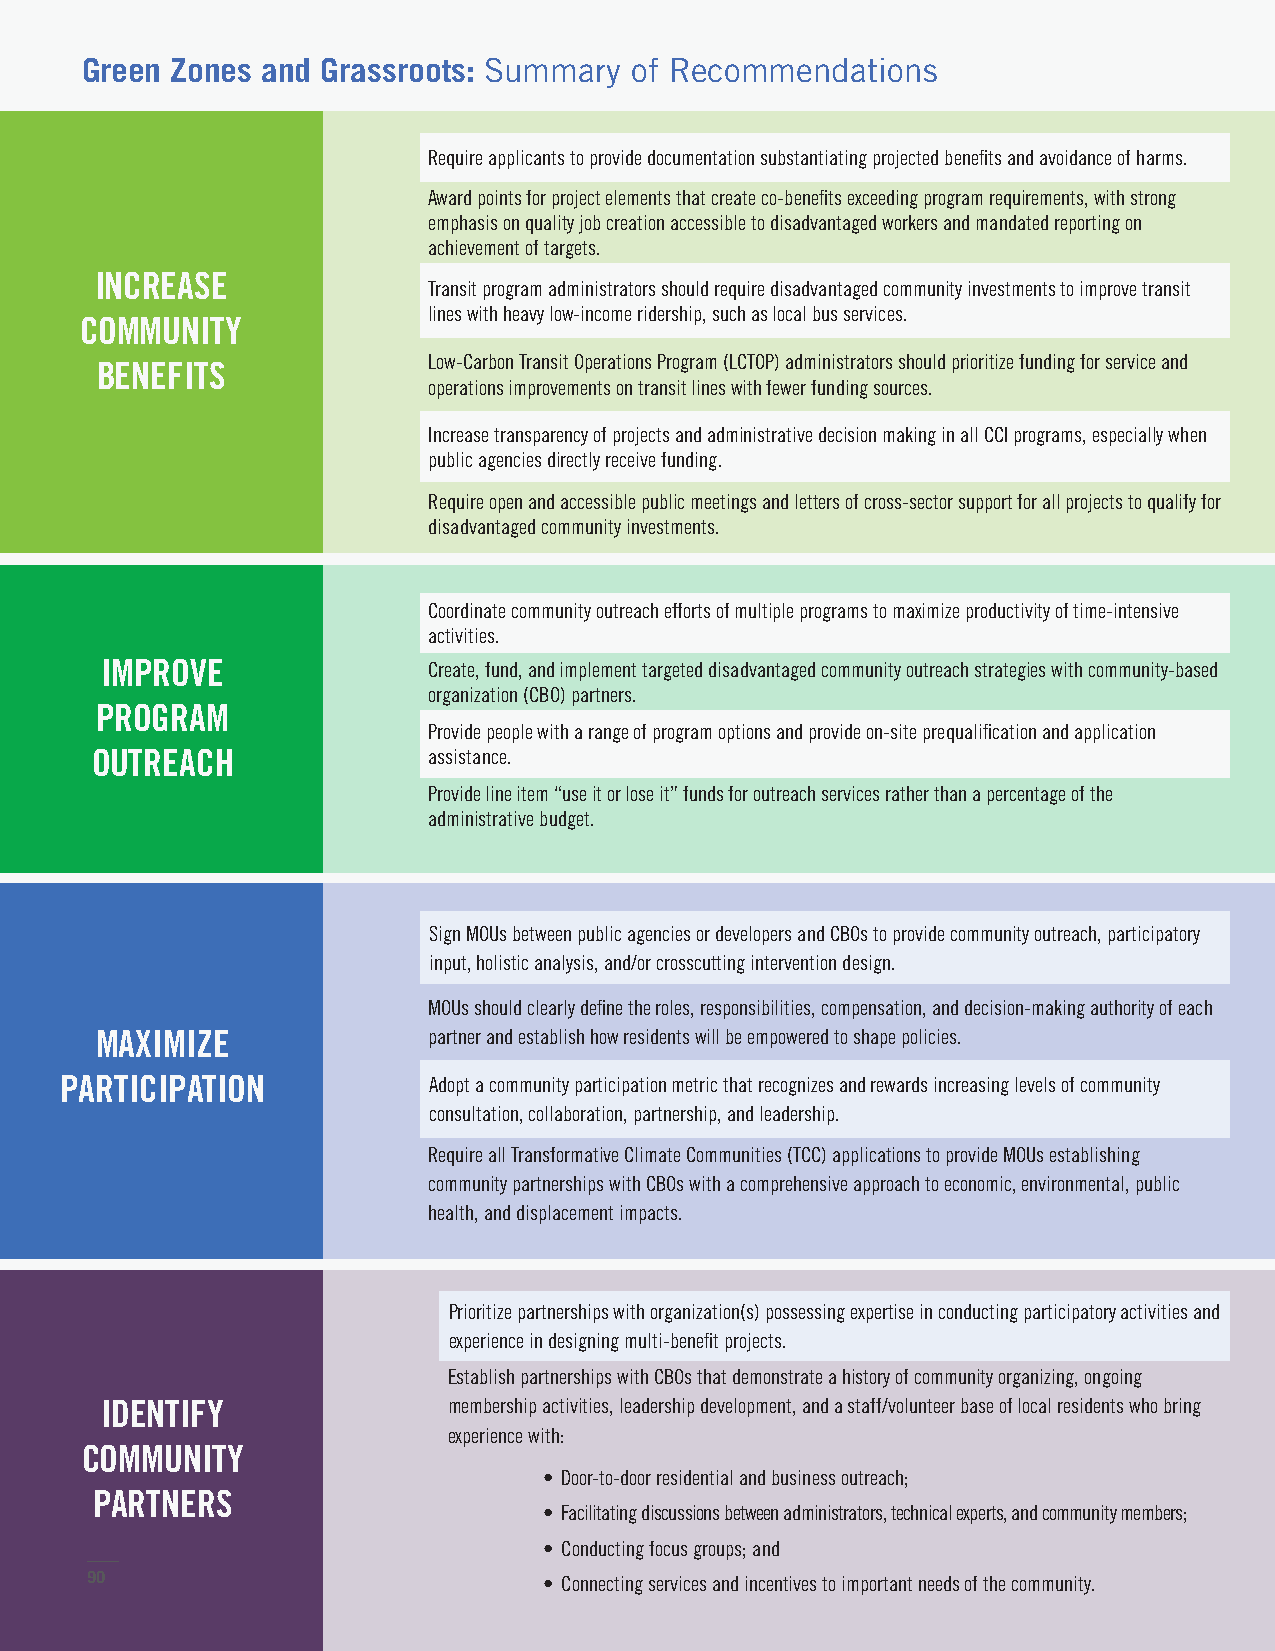
Green Zones and Grassroots: Summary  of Recommendations
 Require applicants to provide documentation substantiating projected benefits and avoidance of harms.
 Award points for project elements that create co-benefits exceeding program requirements, with strong
 emphasis on quality job creation accessible to disadvantaged workers and mandated reporting on
 achievement of targets.
 INCREASE
 Transit program administrators should require disadvantaged community investments to improve transit
 lines with heavy low-income ridership, such as local bus services.
 COMMUNITY
 Low-Carbon Transit Operations Program (LCTOP) administrators should prioritize funding for service and
 BENEFITS
 operations improvements on transit lines with fewer funding sources.
 Increase transparency of projects and administrative decision making in all CCI programs, especially when
 public agencies directly receive funding.
 Require open and accessible public meetings and letters of cross-sector support for all projects to qualify for
 disadvantaged community investments.
 Coordinate community outreach efforts of multiple programs to maximize productivity of time-intensive
 activities.
 IMPROVE              Create, fund, and implement targeted disadvantaged community outreach strategies with community-based
 organization (CBO) partners.
 PROGRAM
 Provide people with a range of program options and provide on-site prequalification and application
 OUTREACH              assistance.
 Provide line item “use it or lose it” funds for outreach services rather than a percentage of the
 administrative budget.
 Sign MOUs between public agencies or developers and CBOs to provide community outreach, participatory
 input, holistic analysis, and/or crosscutting intervention design.
 MOUs should clearly define the roles, responsibilities, compensation, and decision-making authority of each
 MAXIMIZE              partner and establish how residents will be empowered to shape policies.
 PARTICIPATION           Adopt a community participation metric that recognizes and rewards increasing levels of community
 consultation, collaboration, partnership, and leadership.
 Require all Transformative Climate Communities (TCC) applications to provide MOUs establishing
 community partnerships with CBOs with a comprehensive approach to economic, environmental, public
 health, and displacement impacts.
 Prioritize partnerships with organization(s) possessing expertise in conducting participatory activities and
 experience in designing multi-benefit projects.
 Establish partnerships with CBOs that demonstrate a history of community organizing, ongoing
 IDENTIFY               membership activities, leadership development, and a staff/volunteer base of local residents who bring
 experience with:
 COMMUNITY
 • Door-to-door residential and business outreach;
 PARTNERS
 • Facilitating discussions between administrators, technical experts, and community members;
 • Conducting focus groups; and
 90                            • Connecting services and incentives to important needs of the community.